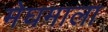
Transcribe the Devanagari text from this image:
मेघमाला